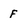
Character: F